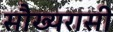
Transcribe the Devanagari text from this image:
सौख्यरासी